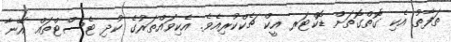
ތަފާތު އެކި ގޮތްގޮތަށް ޑޮކްޓަރ އީކް ޗެކްކުރިއެވެ. އެކިވައްތަރުގެ ކުދި ޓެސްޓްތައް އޭނާ